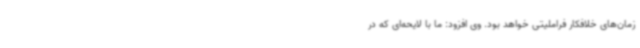
زمان‌های خلافکار فراملیتی خواهد بود. وی افزود: ما با لایحه‌ای که در